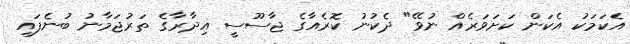
އެކަމަކު އެކަން ކަށަވަރެއް ނުވޭ" ދެކުނު ކޮރެއާގެ ޖާސޫސީ އިދާރާގެ ތަރުޖަމާނު ބުނެފައި